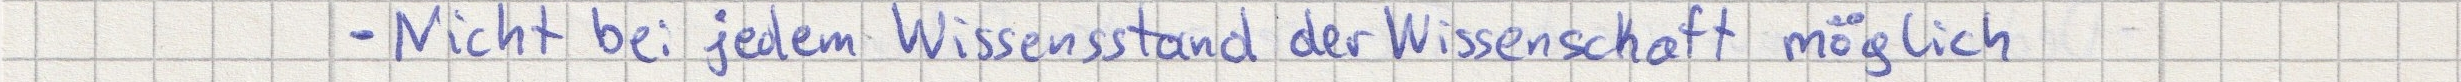
- Nicht bei jedem Wissensstand der Wissenschaft möglich